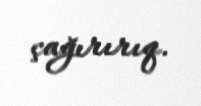
çağırırıq.